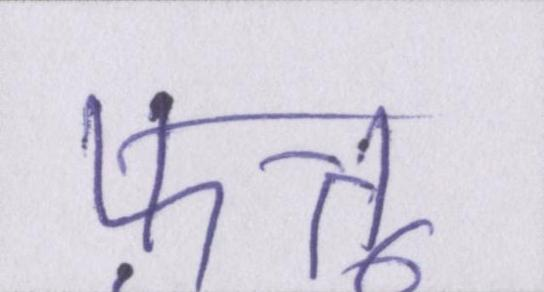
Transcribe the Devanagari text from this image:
फ़त्तू